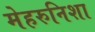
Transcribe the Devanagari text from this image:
मेहरुनिशा